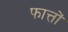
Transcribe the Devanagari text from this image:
फात्तों